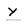
Character: Y